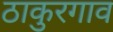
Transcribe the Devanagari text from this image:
ठाकुरगाव